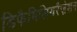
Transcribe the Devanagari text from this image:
डिफैमिलियरैज़ेशन